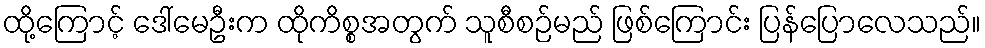
ထို့ကြောင့် ဒေါ်မေဦးက ထိုကိစ္စအတွက် သူစီစဉ်မည် ဖြစ်ကြောင်း ပြန်ပြောလေသည်။